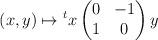
LaTeX: \begin{align*}(x,y) \mapsto {}^t x \begin{pmatrix} 0 & -1 \\ 1 & 0 \end{pmatrix} y\end{align*}